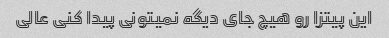
این پیتزا رو هیچ جای دیگه نمیتونی پیدا کنی عالی